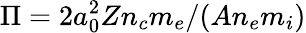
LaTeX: \Pi=2a_{0}^{2}Zn_{c}m_{e}/(An_{e}m_{i})